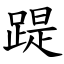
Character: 踶